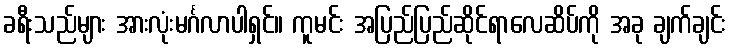
ခရီးသည်များ အားလုံးမင်္ဂလာပါရှင်။ ကူမင်း အပြည်ပြည်ဆိုင်ရာလေဆိပ်ကို အခု ချက်ချင်း